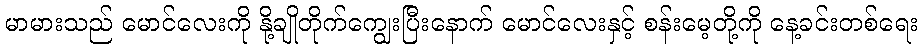
မာမားသည် မောင်လေးကို နို့ချိုတိုက်ကျွေးပြီးနောက် မောင်လေးနှင့် စန်းမေ့တို့ကို နေ့ခင်းတစ်ရေး